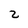
Character: 2